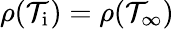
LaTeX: \rho(\mathcal{T}_{\mathrm{{i}}})=\rho(\mathcal{T}_{\infty})